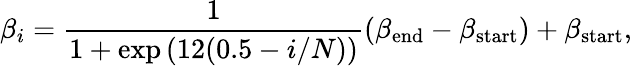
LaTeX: \beta_{i}=\frac{1}{1+\exp{(12(0.5-i/N))}}(\beta_{\mathrm{end}}-\beta_{\mathrm{start}})+\beta_{\mathrm{start}},